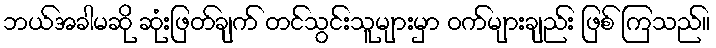
ဘယ်အခါမဆို ဆုံးဖြတ်ချက် တင်သွင်းသူများမှာ ဝက်များချည်း ဖြစ် ကြသည်။